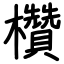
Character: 欑